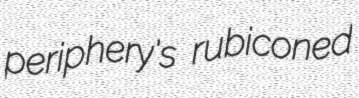
periphery's rubiconed